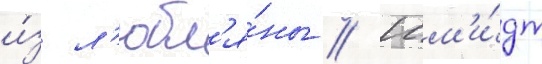
и́з л'юбл'я́ны // Шм'и́дт